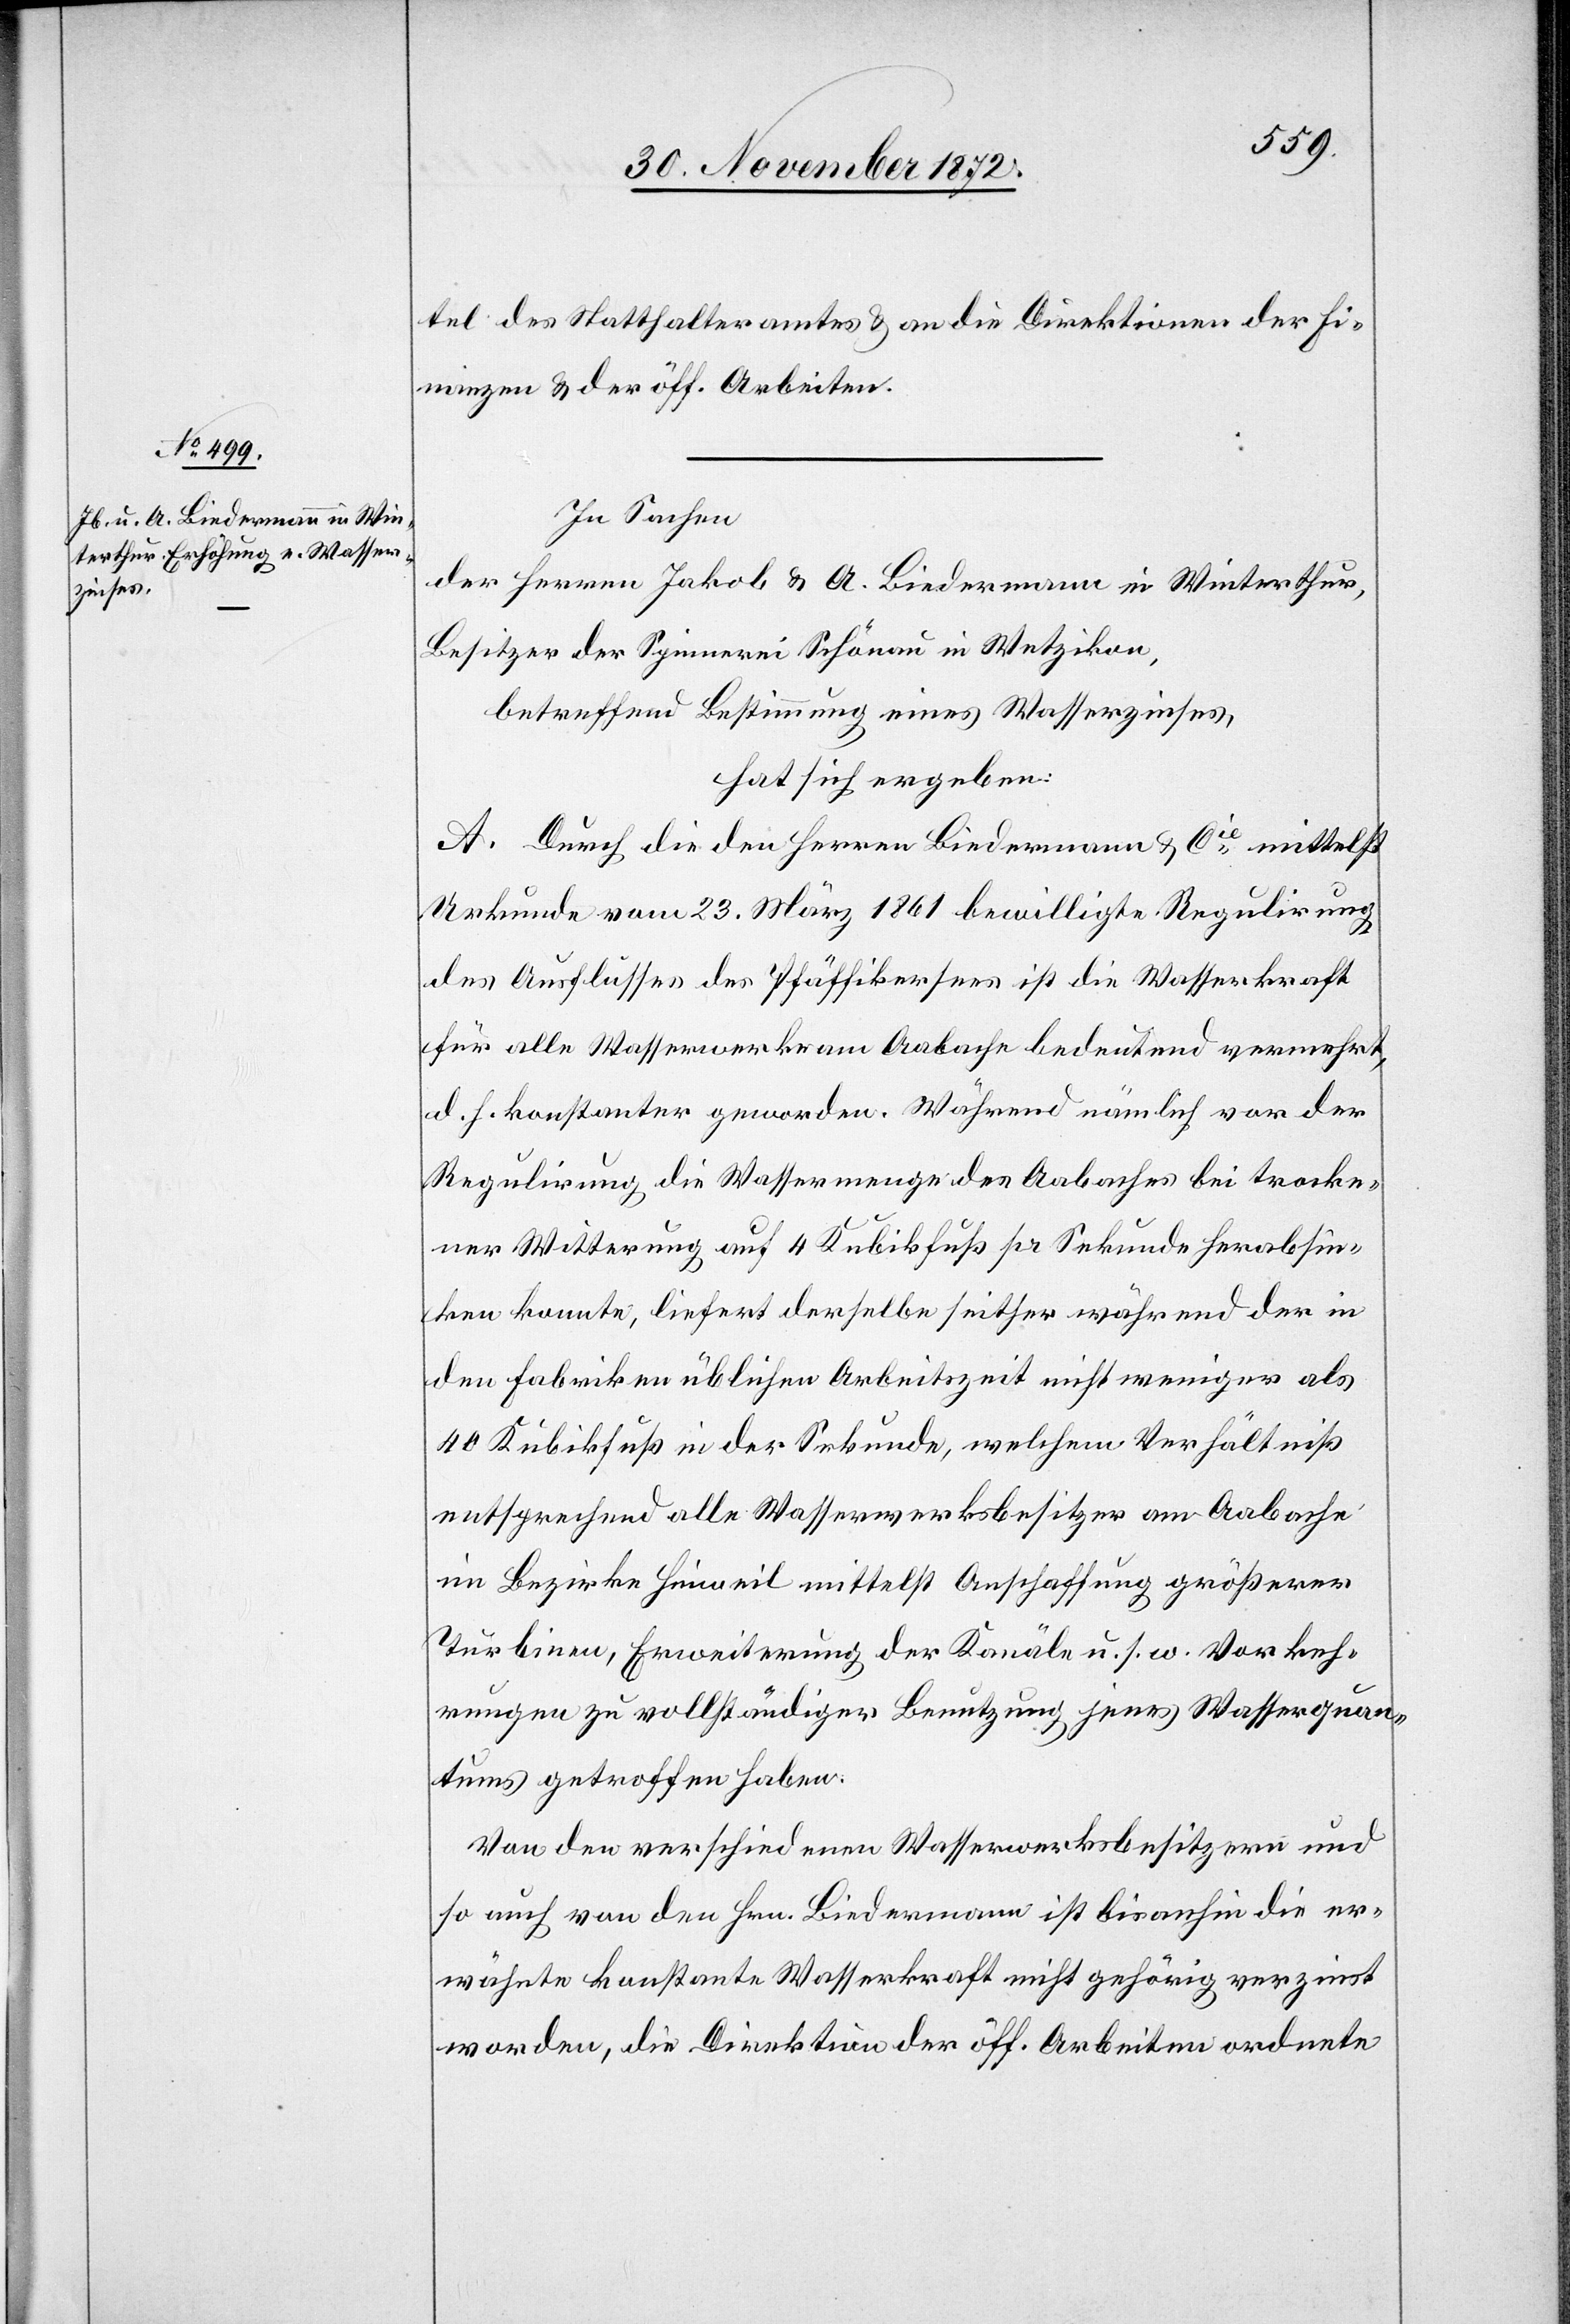
tel des Statthalteramtes u. an die Direktionen der Fi¬
nanzen u. der öff. Arbeiten.
In Sachen
der Herren Jakob u. A. Biedermann in Winterthur,
Besitzer der Spinnerei Schönau in Wetzikon,
betreffend Bestimmung eines Wasserzinses,
hat sich ergeben:
A. Durch die den Herren Biedermann u. Cie mittelst
Urkunde vom 23. März 1861 bewilligte Regulirung
des Ausflusses des Pfäffikersees ist die Wasserkraft
für alle Wasserwerke am Aabache bedeutend vermehrt,
d. h. konstanter geworden. Während nämlich vor der
Regulirung die Wassermenge des Aabaches bei trocke¬
ner Witterung auf 4 Kubikfuß pr Sekunde herabsin¬
ken konnte, liefert derselbe seither während der in
den Fabriken üblichen Arbeitszeit nicht weniger als
40 Kubikfuß in der Sekunde, welchem Verhältniß
entsprechend alle Wasserwerksbesitzer am Aabache
im Bezirke Hinweil mittelst Anschaffung größerer
Turbinen, Erweiterung der Kanäle u. s. w. Vorkeh¬
rungen zu vollständiger Benutzung jenes Wasserquan¬
tums getroffen haben.
Von den verschiedenen Wasserwerksbesitzern und
so auch von den Hrn. Biedermann ist bisanhin die er¬
wähnte konstante Wasserkraft nicht gehörig verzinst
worden, die Direktion der öff. Arbeiten ordnete